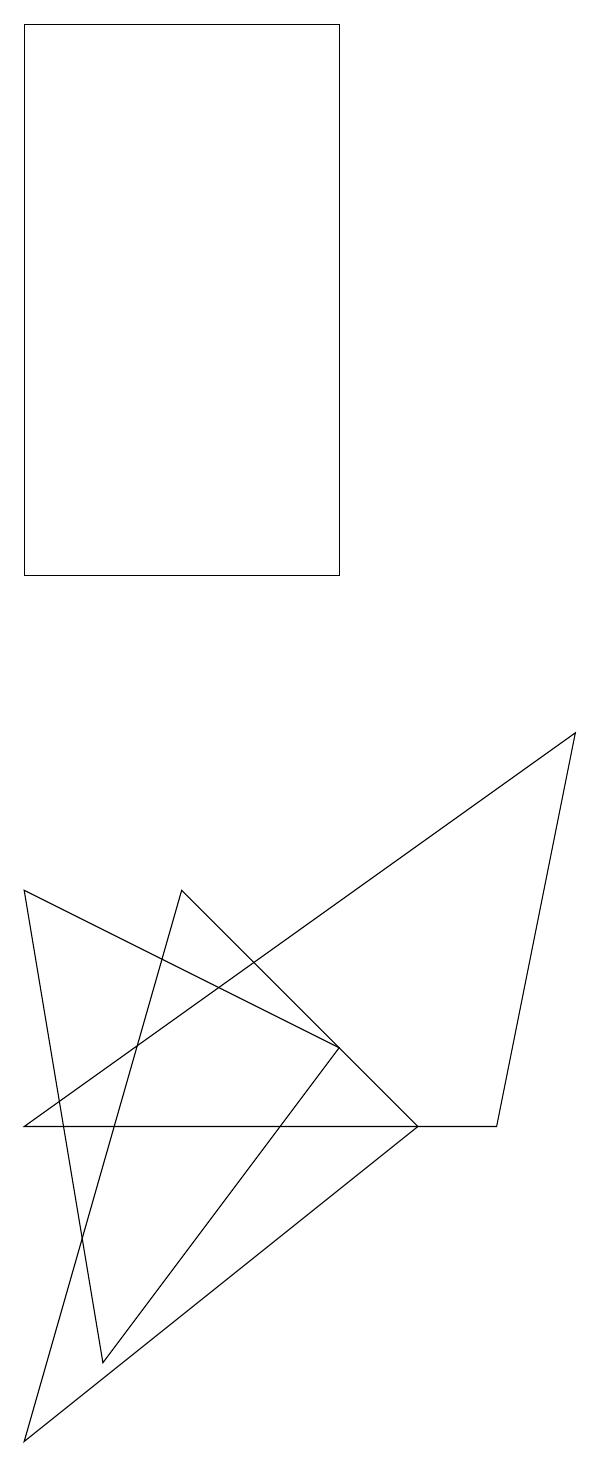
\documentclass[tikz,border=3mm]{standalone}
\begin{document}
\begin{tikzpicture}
\draw (2,4) -- (9,9) -- (8,4) -- cycle;
\draw (2,0) -- (7,4) -- (4,7) -- cycle;
\draw (3,1) -- (6,5) -- (2,7) -- cycle;
\draw (6,11) rectangle (2,18);
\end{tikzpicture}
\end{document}